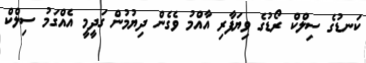
ކަނޑުގެ ސިލްކް ރޯޑުގެ ވިޔަފާރި އާއްމު ވެގެން ދިޔުމުން ގަދީމީ އެއްގަމު ސިލްކް